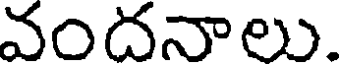
వందనాలు.